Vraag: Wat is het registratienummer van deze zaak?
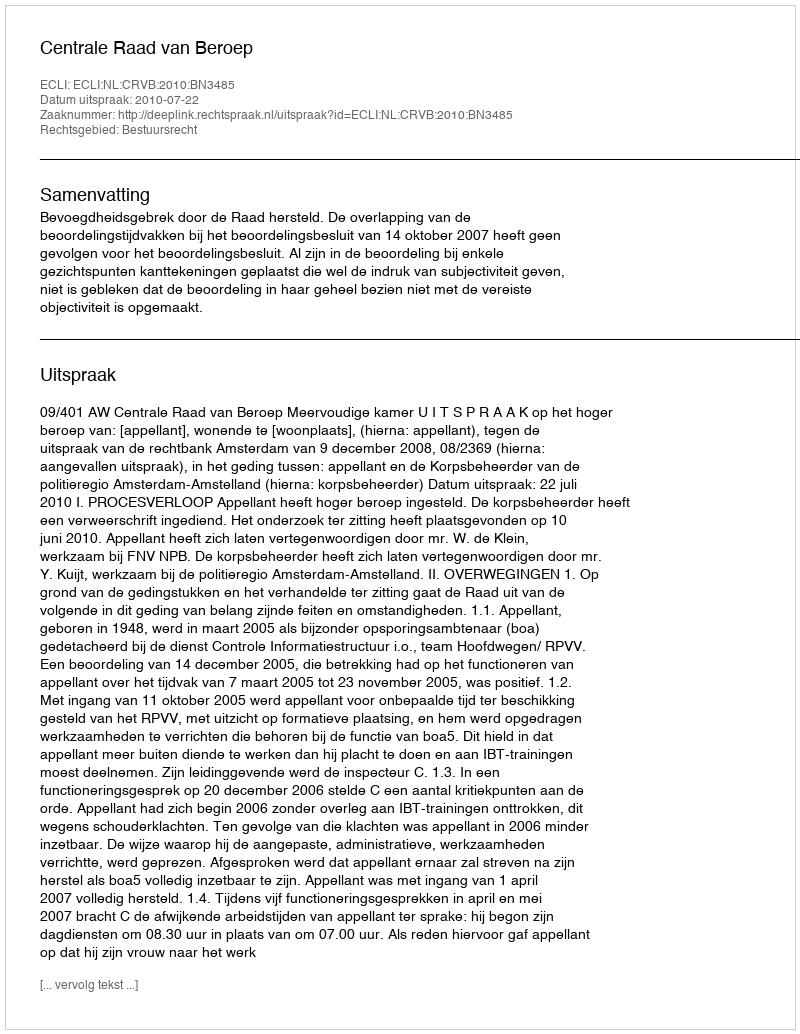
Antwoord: http://deeplink.rechtspraak.nl/uitspraak?id=ECLI:NL:CRVB:2010:BN3485